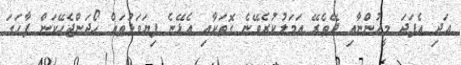
އަދި އެފަދަ މީހުންނާއި ދޭތެރޭ އަމަލުކުރެވޭނެ ގޮތަކާއި އެޅޭނެ ފިޔަވަޅުތައް ހޯދަންޖެހޭކަން ފާހަގަ